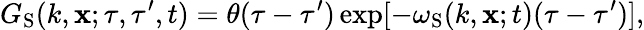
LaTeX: G_{\mathrm{{S}}}(k,{\mathbf{x}};\tau,\tau^{\prime},t)=\theta(\tau-\tau^{\prime})\exp[{-\omega_{\mathrm{{S}}}}(k,{\mathbf{x}};t)(\tau-\tau^{\prime})],